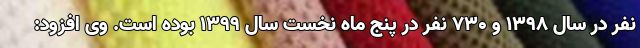
نفر در سال 1398 و 730 نفر در پنج ماه نخست سال 1399 بوده است. وی افزود: